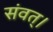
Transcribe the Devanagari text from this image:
संवत्‌।